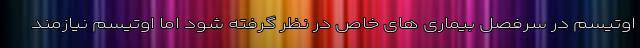
اوتیسم در سرفصل بیماری های خاص در نظر گرفته شود اما اوتیسم نیازمند